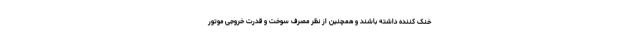
خنک کننده داشته باشند و همچنین از نظر مصرف سوخت و قدرت خروجی موتور